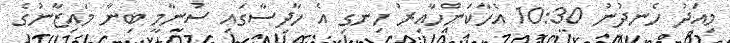
މިއަދު ހެނދުނު 10:30 އެހާކަންހާއިރު ހިނގި އެ ހާދިސާގައި ސުނާމީ ބިނާ މައިޒާނުގެ